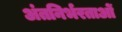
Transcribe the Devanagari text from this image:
अंतनिर्भरताओं